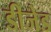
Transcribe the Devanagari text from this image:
डीजेड